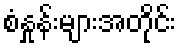
စံနှုန်းများအတိုင်း